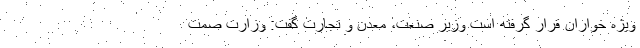
ویژه خواران قرار گرفته است وزیر صنعت، معدن و تجارت گفت: وزارت صمت